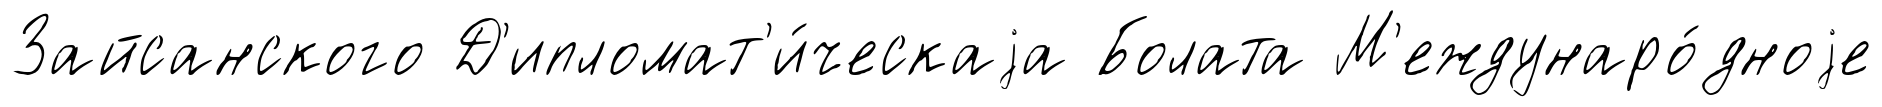
Зайсанского Д'ипломат'и́ческаjа Болата М'еждунаро́дноjе